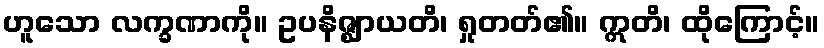
ဟူသော လက္ခဏာကို။ ဥပနိဇ္ဈာယတိ၊ ရှုတတ်၏။ ဣတိ၊ ထိုကြောင့်။